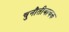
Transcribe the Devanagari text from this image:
चुनौतीबाचक